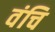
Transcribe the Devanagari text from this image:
वंचि